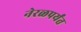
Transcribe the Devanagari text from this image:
नेरळपर्यंत